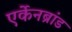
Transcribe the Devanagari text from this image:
एर्केनब्रांड